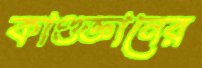
কাণ্ডজ্ঞানের